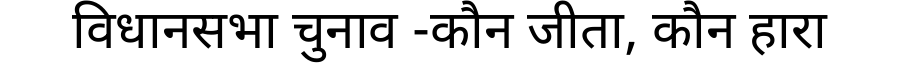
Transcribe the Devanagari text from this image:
विधानसभा चुनाव -कौन जीता, कौन हारा